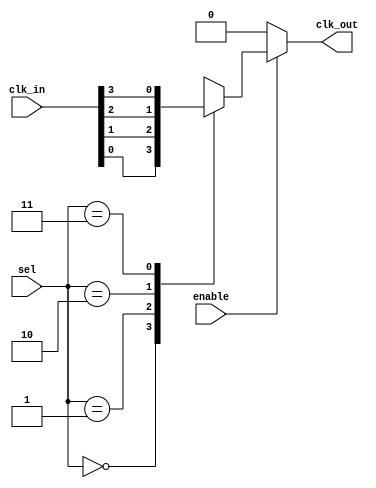
module ClockMultiplexerBuffer #(
    parameter NUM_CLOCKS = 4 // Number of clock inputs
)(
    input  wire [NUM_CLOCKS-1:0] clk_in,  // Input clock sources
    input  wire [log2(NUM_CLOCKS)-1:0] sel, // Selector for clock inputs
    input  wire enable,                // Gating control
    output reg       clk_out           // Output clock
);

// Log2 function to calculate number of bits required for selection
function integer log2;
    input integer num;
    begin
        log2 = 0;
        while (2**log2 < num) begin
            log2 = log2 + 1;
        end
    end
endfunction

// Always block to implement clock selection, gating and buffering
always @* begin
    if (enable) begin
        // Select the appropriate clock based on sel input
        case (sel)
            0: clk_out = clk_in[0];
            1: clk_out = clk_in[1];
            2: clk_out = clk_in[2];
            3: clk_out = clk_in[3];
            // Extend this case block for additional clocks if NUM_CLOCKS > 4
            default: clk_out = clk_in[0]; // Default case
        endcase
    end else begin
        clk_out = 1'b0; // Disable clock output when not enabled
    end
end

endmodule